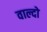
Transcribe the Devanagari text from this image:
वाल्दो